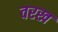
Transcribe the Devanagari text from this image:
वरख